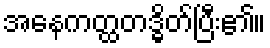
အနေကတ္ထတဒ္ဓိတ်ပြီး၏။